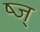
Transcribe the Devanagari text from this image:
ष्ज्